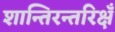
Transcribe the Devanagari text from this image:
शान्तिरन्तरिक्षँ